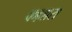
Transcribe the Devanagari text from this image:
कल्लारा